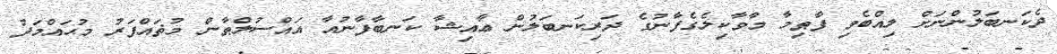
ދެކަނބަލުންނަށް ލިއްބެވި ފާޠިމާ މާވާކިލެގެފާނުގެ ދަރިކަނބަލުން ޢާއިޝާ ކަނބާފާނުއާ އައްސުލްޠާން މުޡައްފަރު މުޙައްމަދު